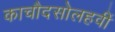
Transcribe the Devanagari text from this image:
काचौदसोलहवीं